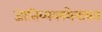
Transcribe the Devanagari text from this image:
जातिव्यवस्थेबाबत